Indian journal of veterinary science and animal husbandry - Volume 4,
Year: 1934
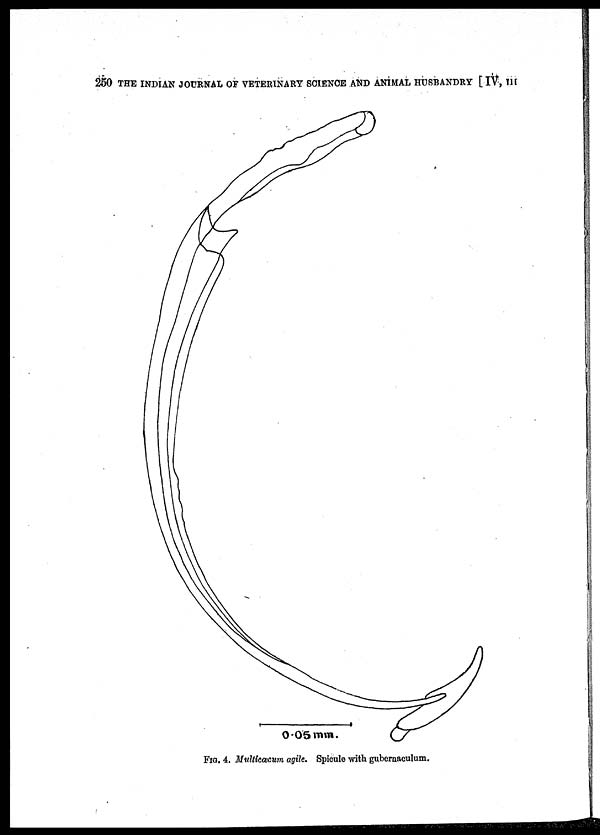
250 THE INDIAN JOURNAL OF VETERINARY SCIENCE AND ANIMAL HUSBANDRY [ IV, III
FIG. 4. Multicæcum agile. Spicule with gubernaculum.